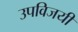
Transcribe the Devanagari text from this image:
उपविजयी